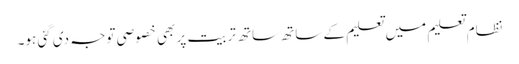
نظام تعلیم میں تعلیم کے ساتھ ساتھ تربیت پر بھی خصوصی توجہ دی گئی ہو۔